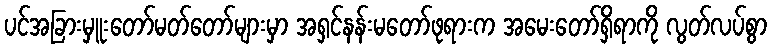
ပင်အခြားမှူးတော်မတ်တော်များမှာ အရှင်နန်းမတော်ဖုရားက အမေးတော်ရှိရာကို လွတ်လပ်စွာ